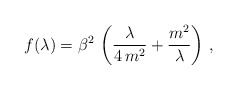
\begin{align*}f(\lambda) = \beta^{2}\,\left(\frac{\lambda}{4\,m^2} + \frac{m^2}{\lambda}\right)\,, \end{align*}